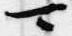
可